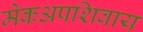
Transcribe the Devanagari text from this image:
मेकअपशिवाय